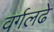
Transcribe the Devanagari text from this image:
वर्गलढे